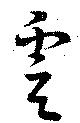
虞